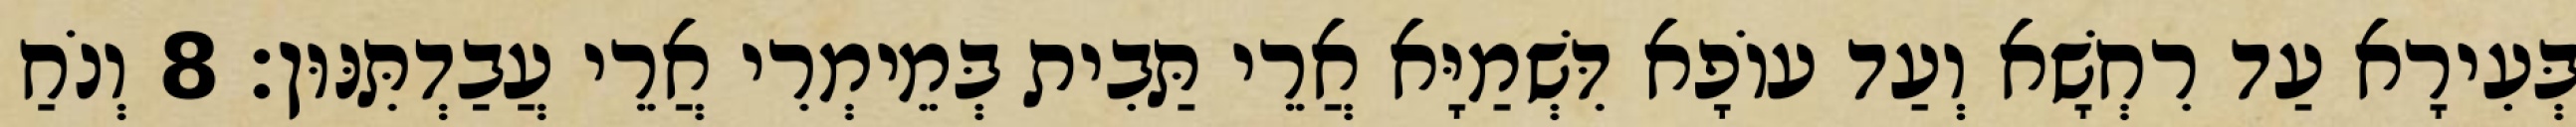
בְּעִירָא עַד רִחְשָׁא וְעַד עוֹפָא דִּשְׁמַיָּא אֲרֵי תַּבִית בְּמֵימְרִי אֲרֵי עֲבַדְתִּנּוּן׃ 8 וְנֹחַ